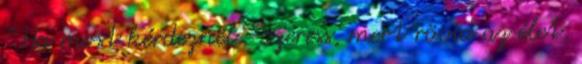
" Ha most kérdeznél. "Szeress, mert rövid az élet,